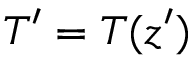
T ^ { \prime } = T ( z ^ { \prime } )